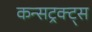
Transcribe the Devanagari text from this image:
कन्सट्रक्ट्स